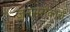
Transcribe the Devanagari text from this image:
जनसरोकारों